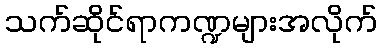
သက်ဆိုင်ရာကဏ္ဍများအလိုက်